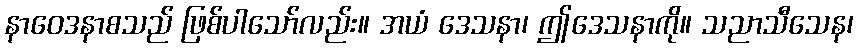
နာဝေဒနာစသည် ဖြစ်ပါသော်လည်း။ အယံ ဒေသနာ၊ ဤဒေသနာကို။ သညာသီသေန၊